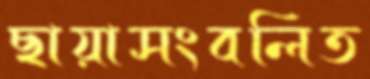
ছায়াসংবলিত